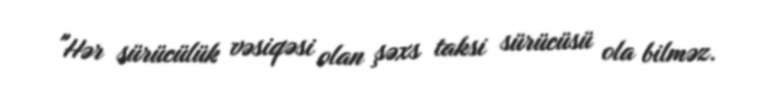
"Hər sürücülük vəsiqəsi olan şəxs taksi sürücüsü ola bilməz.